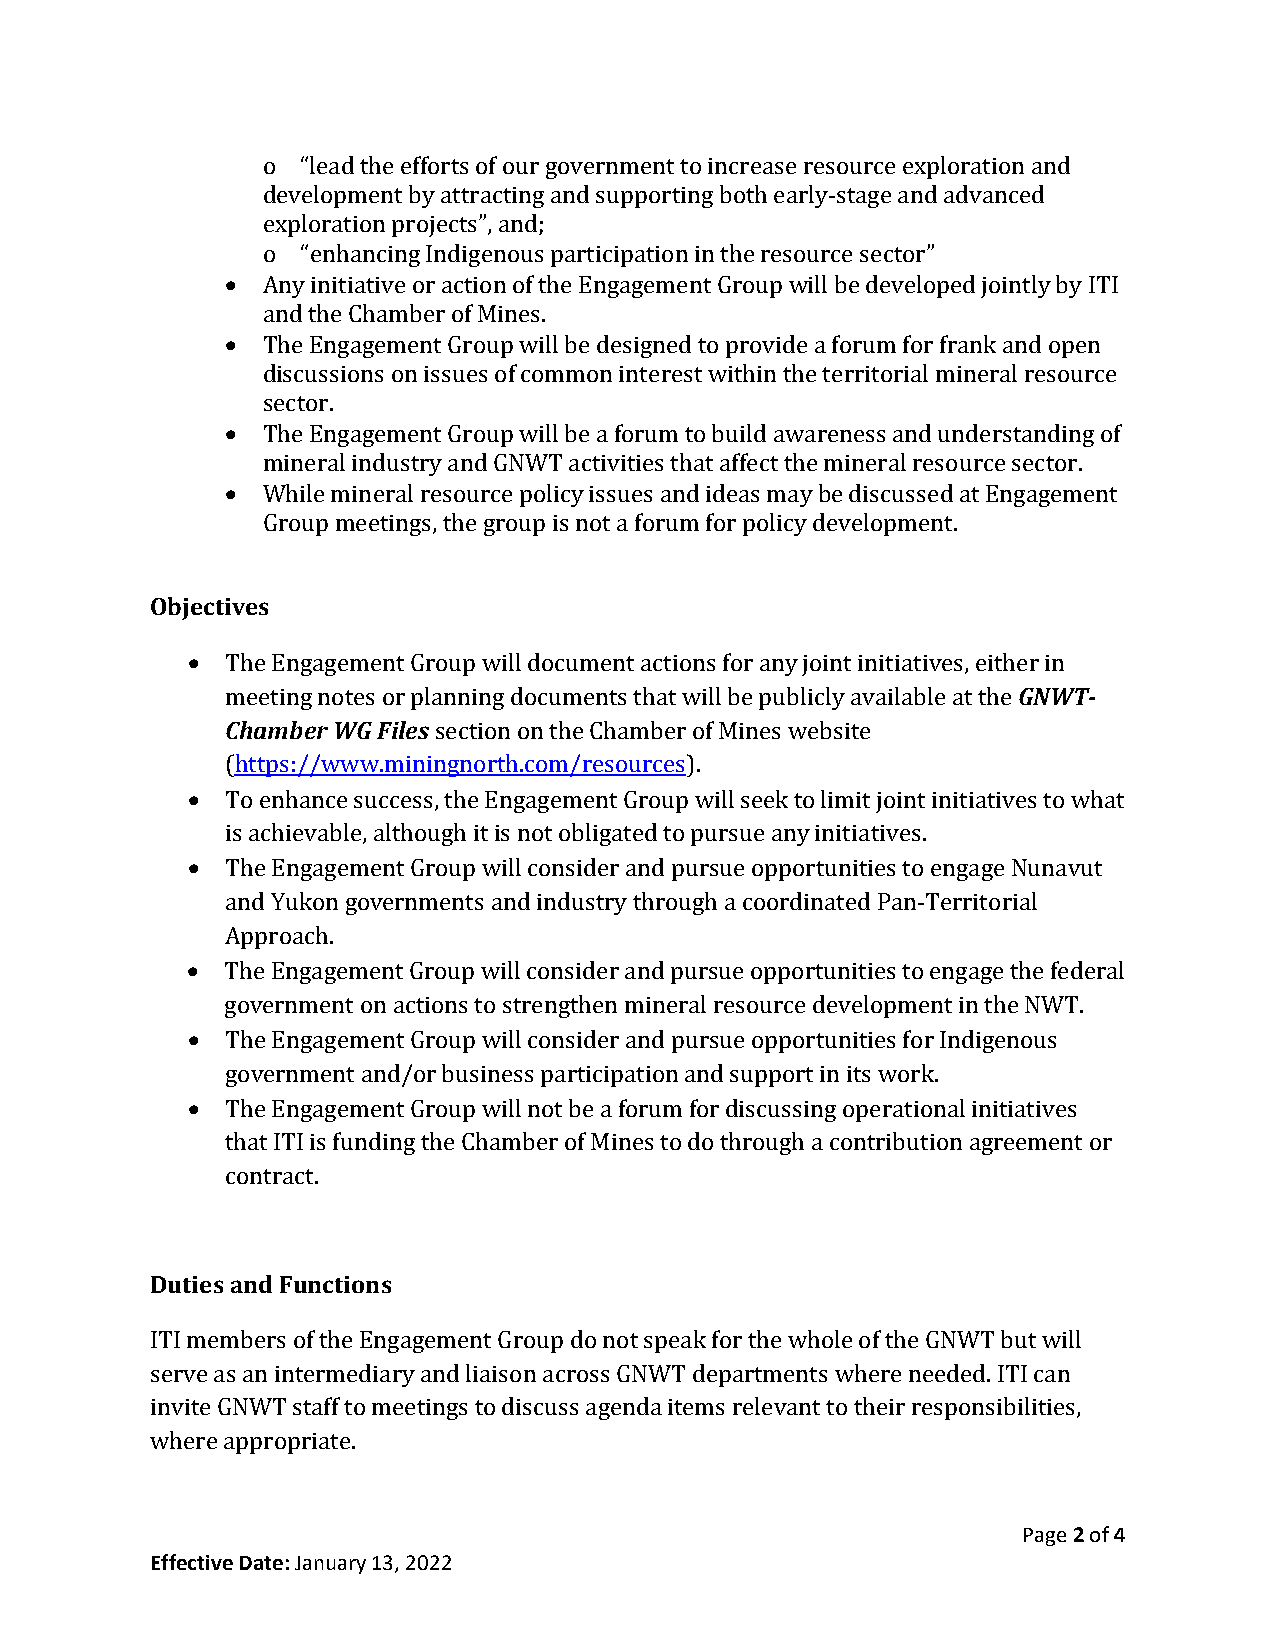
o  “lead the efforts of our government to increase resource exploration and
 development by attracting and supporting both early-stage and advanced
 exploration projects”, and;
 o  “enhancing Indigenous participation in the resource sector”
 • Any initiative or action of the Engagement Group will be developed jointly by ITI
 and the Chamber of Mines.
 • The Engagement Group will be designed to provide a forum for frank and open
 discussions on issues of common interest within the territorial mineral resource
 sector.
 • The Engagement Group will be a forum to build awareness and understanding of
 mineral industry and GNWT activities that affect the mineral resource sector.
 • While mineral resource policy issues and ideas may be discussed at Engagement
 Group meetings, the group is not a forum for policy development.
 Objectives
 •  The Engagement Group will document actions for any joint initiatives, either in
 meeting notes or planning documents that will be publicly available at the GNWT-
 Chamber WG Files section on the Chamber of Mines website
 (https://www.miningnorth.com/resources).
 •  To enhance success, the Engagement Group will seek to limit joint initiatives to what
 is achievable, although it is not obligated to pursue any initiatives.
 •  The Engagement Group will consider and pursue opportunities to engage Nunavut
 and Yukon governments and industry through a coordinated Pan-Territorial
 Approach.
 •  The Engagement Group will consider and pursue opportunities to engage the federal
 government on actions to strengthen mineral resource development in the NWT.
 •  The Engagement Group will consider and pursue opportunities for Indigenous
 government and/or business participation and support in its work.
 •  The Engagement Group will not be a forum for discussing operational initiatives
 that ITI is funding the Chamber of Mines to do through a contribution agreement or
 contract.
 Duties and Functions
 ITI members of the Engagement Group do not speak for the whole of the GNWT but will
 serve as an intermediary and liaison across GNWT departments where needed. ITI can
 invite GNWT staff to meetings to discuss agenda items relevant to their responsibilities,
 where appropriate.
 Page 2 of 4
 Effective Date: January 13, 2022